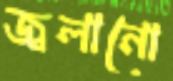
জ্বলানো